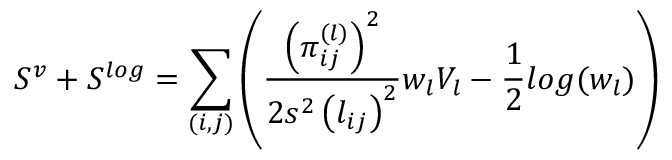
S ^ { v } + S ^ { l o g } = \sum _ { ( i , j ) } \left( \frac { \left( \pi _ { i j } ^ { ( l ) } \right) ^ { 2 } } { 2 s ^ { 2 } \left( l _ { i j } \right) ^ { 2 } } w _ { l } V _ { l } - \frac { 1 } { 2 } l o g ( w _ { l } ) \right)